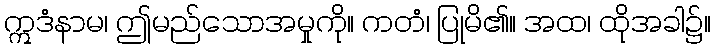
ဣဒံနာမ၊ ဤမည်သောအမှုကို။ ကတံ၊ ပြုမိ၏။ အထ၊ ထိုအခါ၌။